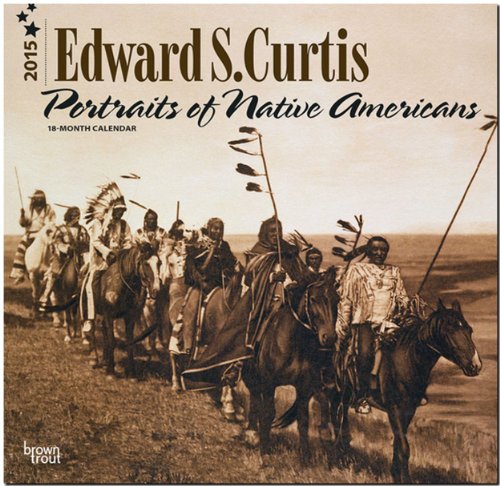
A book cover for Curtis, Edward S - Portraits of Native Americans 2015 Square 12x12 (Multilingual Edition); BrownTrout; Calendars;